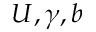
U , \gamma , b